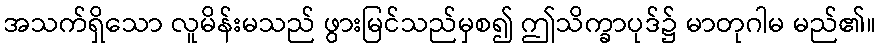
အသက်ရှိသော လူမိန်းမသည် ဖွားမြင်သည်မှစ၍ ဤသိက္ခာပုဒ်၌ မာတုဂါမ မည်၏။